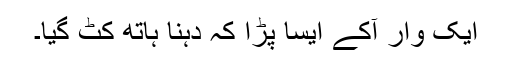
ایک وار آکے ایسا پڑا کہ دہنا ہاتھ کٹ گیا۔